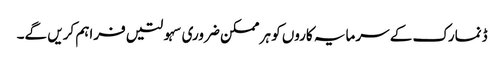
ڈنمارک کے سرمایہ کاروں کو ہر ممکن ضروری سہولتیں فراہم کریں گے۔